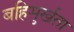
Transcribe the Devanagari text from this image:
बहिमुर्खता